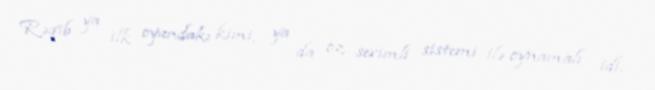
Rəqib ya ilk oyundakı kimi, ya da öz sevimli sistemi ilə oynamalı idi.